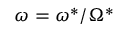
\omega = \omega ^ { * } / \Omega ^ { * }